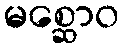
မစ္ဆောဝ